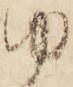
ゆ